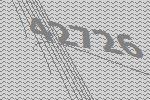
42726